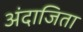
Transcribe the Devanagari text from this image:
अंदाजिता